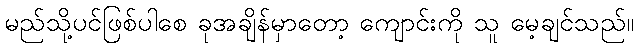
မည်သို့ပင်ဖြစ်ပါစေ ခုအချိန်မှာတော့ ကျောင်းကို သူ မေ့ချင်သည်။